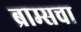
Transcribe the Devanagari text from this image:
ब्राम्सचा